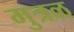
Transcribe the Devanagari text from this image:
मुत्रळ